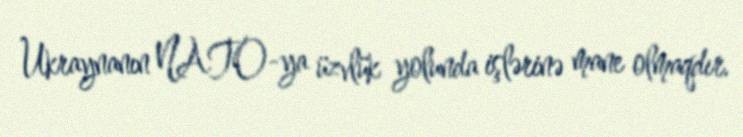
Ukraynanın NATO-ya üzvlük yolunda işlərinə mane olmaqdır.